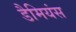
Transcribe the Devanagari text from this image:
डैमियंस